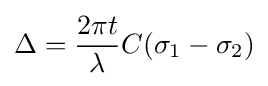
\Delta ={\frac {2\pi t}{\lambda }}C(\sigma _{1}-\sigma _{2})